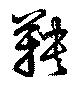
鞅